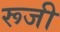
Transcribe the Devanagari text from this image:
रूजी